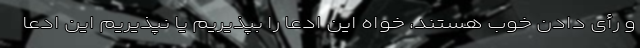
و رأی دادن خوب هستند، خواه این ادعا را بپذیریم یا نپذیریم این ادعا